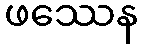
ဖဿေန